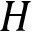
H